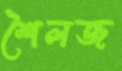
শৈলজ